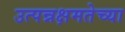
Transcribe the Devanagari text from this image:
उत्पन्नक्षमतेच्या